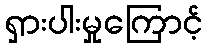
ရှားပါးမှုကြောင့်